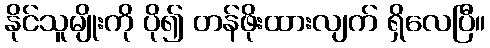
နိုင်သူမျိုးကို ပို၍ တန်ဖိုးထားလျက် ရှိလေပြီ။